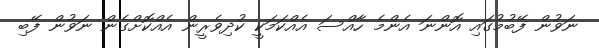
ނަވުން ފޭބުމުގައި އޮންނަ އެންމެ ހާއްސަ އެއްކަމަކީ ކުދިވެރީން އެއްކޮށްގެން ނަވުން ފޭބި